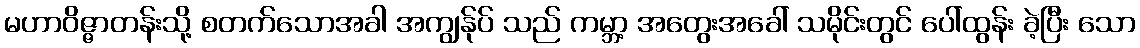
မဟာဝိဇ္ဇာတန်းသို့ စတက်သောအခါ အကျွန်ုပ် သည် ကမ္ဘာ့ အတွေးအခေါ် သမိုင်းတွင် ပေါ်ထွန်း ခဲ့ပြီး သော